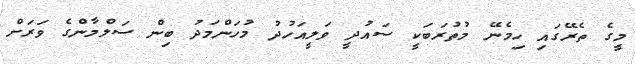
މީގެ ތެރޭގައި ހިމެނޭ މުތުރަބަކީ ސައުދީ ވަލީއަހުދު މުހަންމަދު ބިން ސަލްމާންގެ ވަރަށް